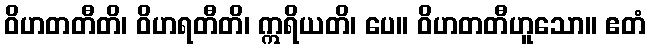
ဝိဟတတီတိ၊ ဝိဟရတီတိ၊ ဣရိယတိ၊ ပေ။ ဝိဟတတီဟူသော။ ဧတံ